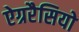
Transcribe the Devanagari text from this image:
ऐग्ररैसियो